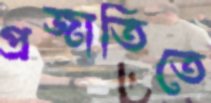
প্রজাতিতে